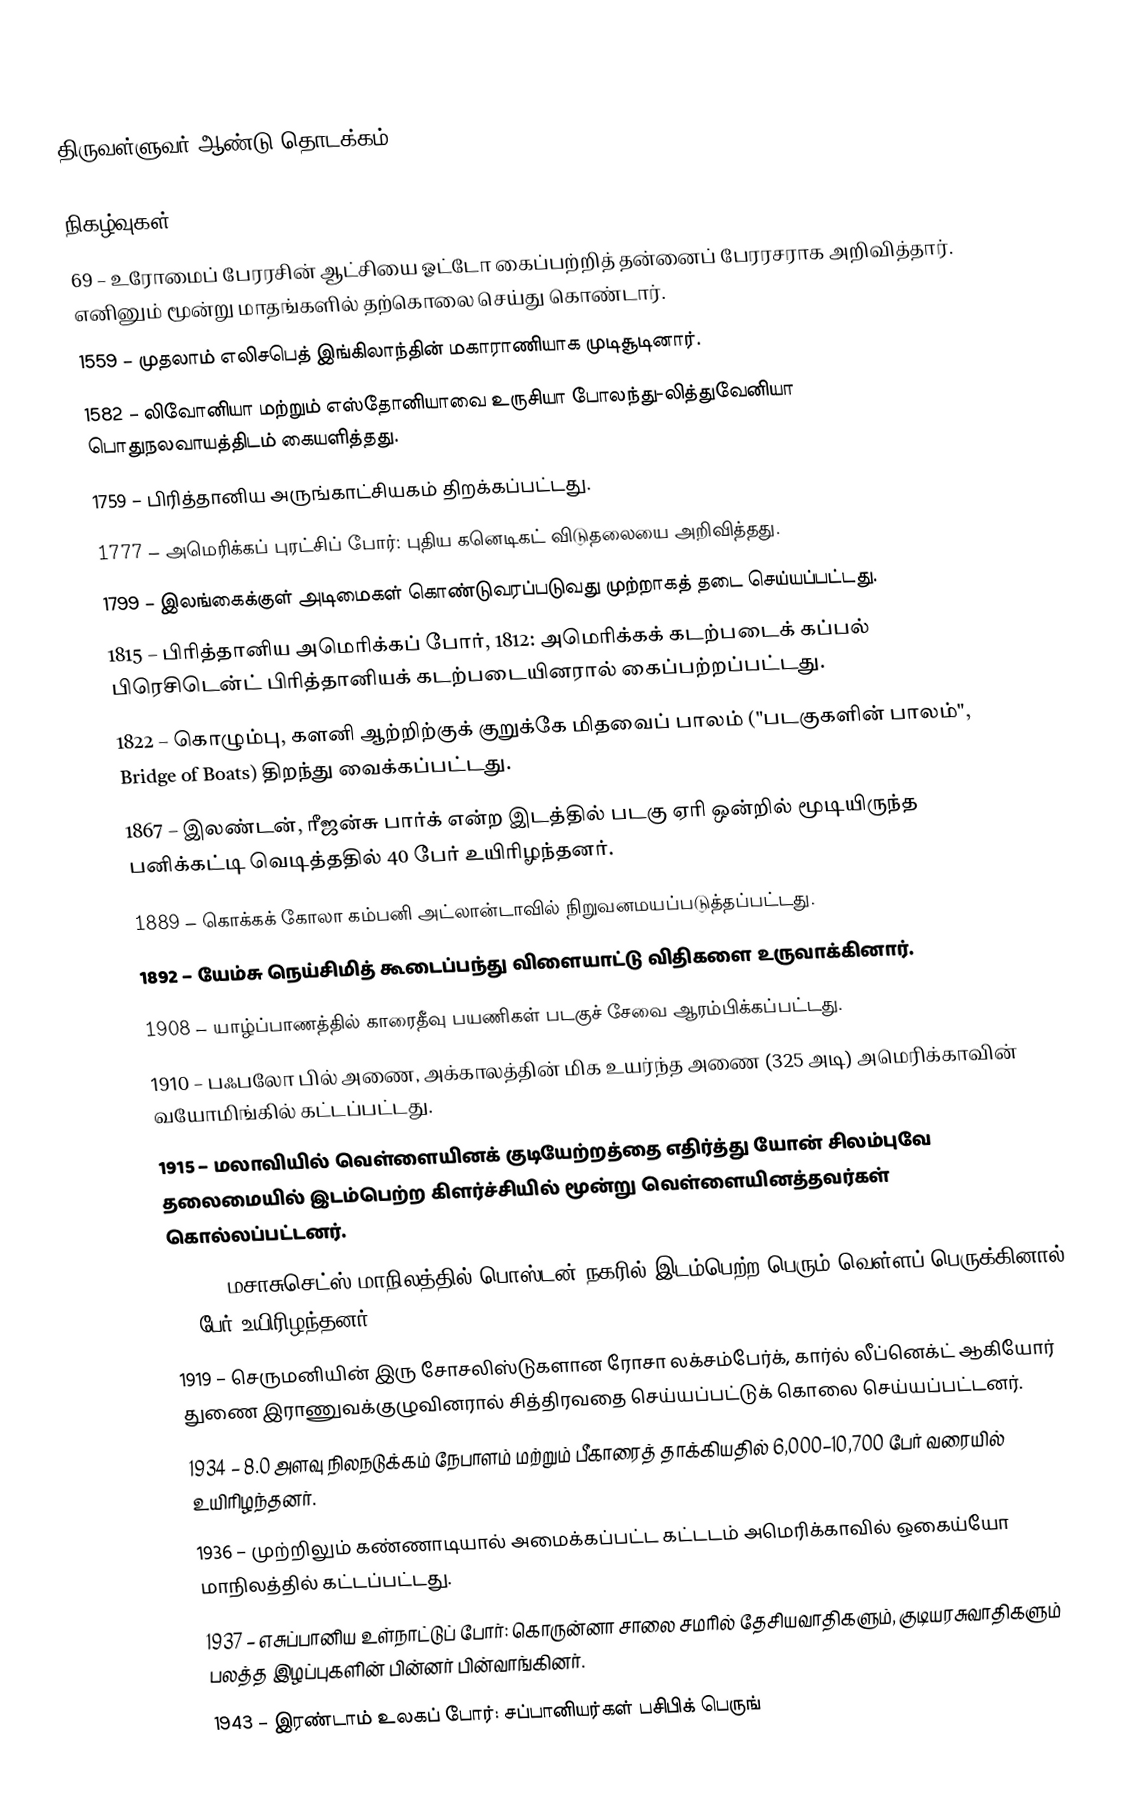
திருவள்ளுவர் ஆண்டு தொடக்கம்.

நிகழ்வுகள்
 69 – உரோமைப் பேரரசின் ஆட்சியை ஓட்டோ கைப்பற்றித் தன்னைப் பேரரசராக அறிவித்தார். எனினும் மூன்று மாதங்களில் தற்கொலை செய்து கொண்டார்.
1559 – முதலாம் எலிசபெத் இங்கிலாந்தின் மகாராணியாக முடிசூடினார்.
1582 – லிவோனியா மற்றும் எஸ்தோனியாவை உருசியா போலந்து-லித்துவேனியா பொதுநலவாயத்திடம் கையளித்தது.
1759 – பிரித்தானிய அருங்காட்சியகம் திறக்கப்பட்டது.
1777 – அமெரிக்கப் புரட்சிப் போர்: புதிய கனெடிகட் விடுதலையை அறிவித்தது.
1799 – இலங்கைக்குள் அடிமைகள் கொண்டுவரப்படுவது முற்றாகத் தடை செய்யப்பட்டது.
1815 – பிரித்தானிய அமெரிக்கப் போர், 1812: அமெரிக்கக் கடற்படைக் கப்பல் பிரெசிடென்ட் பிரித்தானியக் கடற்படையினரால் கைப்பற்றப்பட்டது.
1822 – கொழும்பு, களனி ஆற்றிற்குக் குறுக்கே மிதவைப் பாலம் ("படகுகளின் பாலம்", Bridge of Boats) திறந்து வைக்கப்பட்டது.
1867 – இலண்டன், ரீஜன்சு பார்க் என்ற இடத்தில் படகு ஏரி ஒன்றில் மூடியிருந்த பனிக்கட்டி வெடித்ததில் 40 பேர் உயிரிழந்தனர்.
1889 – கொக்கக் கோலா கம்பனி அட்லான்டாவில் நிறுவனமயப்படுத்தப்பட்டது.
1892 – யேம்சு நெய்சிமித் கூடைப்பந்து விளையாட்டு விதிகளை உருவாக்கினார்.
1908 – யாழ்ப்பாணத்தில் காரைதீவு பயணிகள் படகுச் சேவை ஆரம்பிக்கப்பட்டது.
1910 – பஃபலோ பில் அணை, அக்காலத்தின் மிக உயர்ந்த அணை (325 அடி) அமெரிக்காவின் வயோமிங்கில் கட்டப்பட்டது.
1915 – மலாவியில் வெள்ளையினக் குடியேற்றத்தை எதிர்த்து யோன் சிலம்புவே தலைமையில் இடம்பெற்ற கிளர்ச்சியில் மூன்று வெள்ளையினத்தவர்கள் கொல்லப்பட்டனர்.
1919 – மசாசுசெட்ஸ் மாநிலத்தில் பொஸ்டன் நகரில் இடம்பெற்ற பெரும் வெள்ளப் பெருக்கினால் 21 பேர் உயிரிழந்தனர்.
1919 – செருமனியின் இரு சோசலிஸ்டுகளான ரோசா லக்சம்பேர்க், கார்ல் லீப்னெக்ட் ஆகியோர் துணை இராணுவக்குழுவினரால் சித்திரவதை செய்யப்பட்டுக் கொலை செய்யப்பட்டனர்.
1934 – 8.0 அளவு நிலநடுக்கம் நேபாளம் மற்றும் பீகாரைத்  தாக்கியதில் 6,000–10,700 பேர் வரையில் உயிரிழந்தனர்.
1936 – முற்றிலும் கண்ணாடியால் அமைக்கப்பட்ட கட்டடம் அமெரிக்காவில் ஒகைய்யோ மாநிலத்தில் கட்டப்பட்டது.
1937 – எசுப்பானிய உள்நாட்டுப் போர்: கொருன்னா சாலை சமரில் தேசியவாதிகளும், குடியரசுவாதிகளும் பலத்த இழப்புகளின் பின்னர் பின்வாங்கினர்.
1943 – இரண்டாம் உலகப் போர்: சப்பானியர்கள் பசிபிக் பெருங்